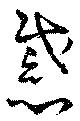
慼